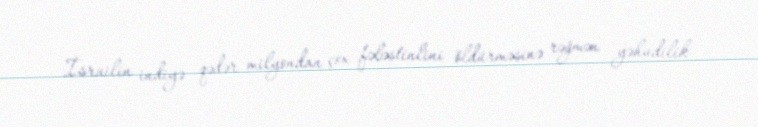
İsrailin indiyə qədər milyondan çox fələstinlini öldürməsinə rəğmən yəhudilik